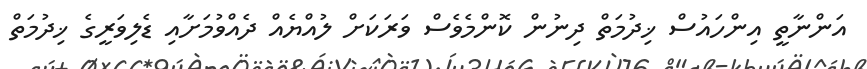
އަންނާތީ އިންހައުސް ޚިދުމަތް ދިނުން ކޮންމެވެސް ވަރަކަށް ލުއްޔެއް ދެއްވުމަށާއި ޑެލިވަރީގެ ޚިދުމަތް